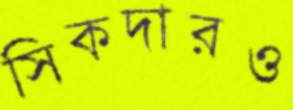
সিকদারও